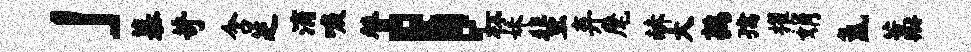
」慕苛含芝滴唳替；杯妹蜚弃麾赫大鹑孺擢娟氲藁